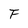
Character: F